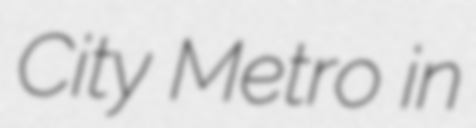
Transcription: City Metro in